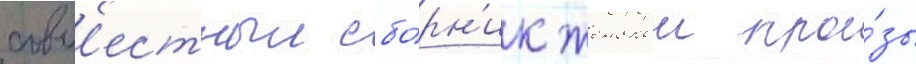
совм'естныи сбо́рн'ик женскои про́зы